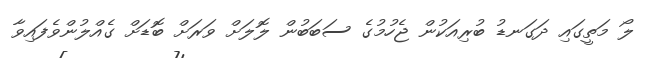
ލޯ މަތީގައި ދަގަނޑު ބުރިއަކުން ޖެހުމުގެ ސަބަބުން ލޮލަށް ވަރަށް ބޮޑަށް ގެއްލުންވެފައިވާ